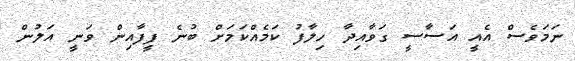
ނަމަވެސް އެއީ އަސާސީ ގަވާއިދާ ހިލާފު ކަމެއްކަމަށް ބުނެ ފީފާއިން ވަނީ އަލުން